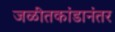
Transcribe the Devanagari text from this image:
जळीतकांडानंतर